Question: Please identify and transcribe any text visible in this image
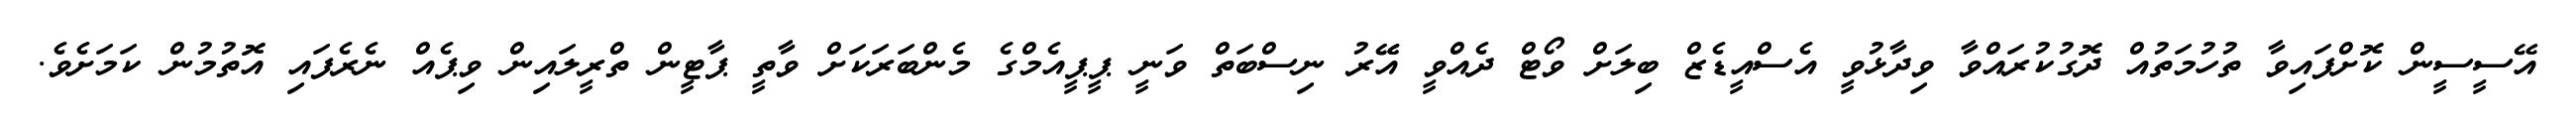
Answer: އޭސީސީން ކޮށްފައިވާ ތުހުމަތުއް ދޮގުކުރައްވާ ވިދާޅުވީ އެސްއީޑެޒް ބިލަށް ވޯޓް ދެއްވީ އޭޭރު ނިސްބަތް ވަނީ ޕީޕީއެމްގެ މެންބަރަކަށް ވާތީ ޕާޓީން ތްރީލައިން ވިޕެއް ނެރެފައި އޮތުމުން ކަމަށެވެ.